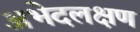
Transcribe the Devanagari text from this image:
अभेदलक्षण